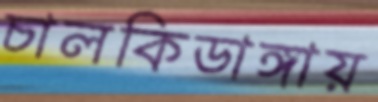
চালকিডাঙ্গায়